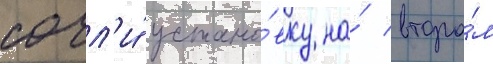
сочл'и́ устано́вку на́ второ́м